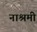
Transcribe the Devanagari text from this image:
नाश्रमी